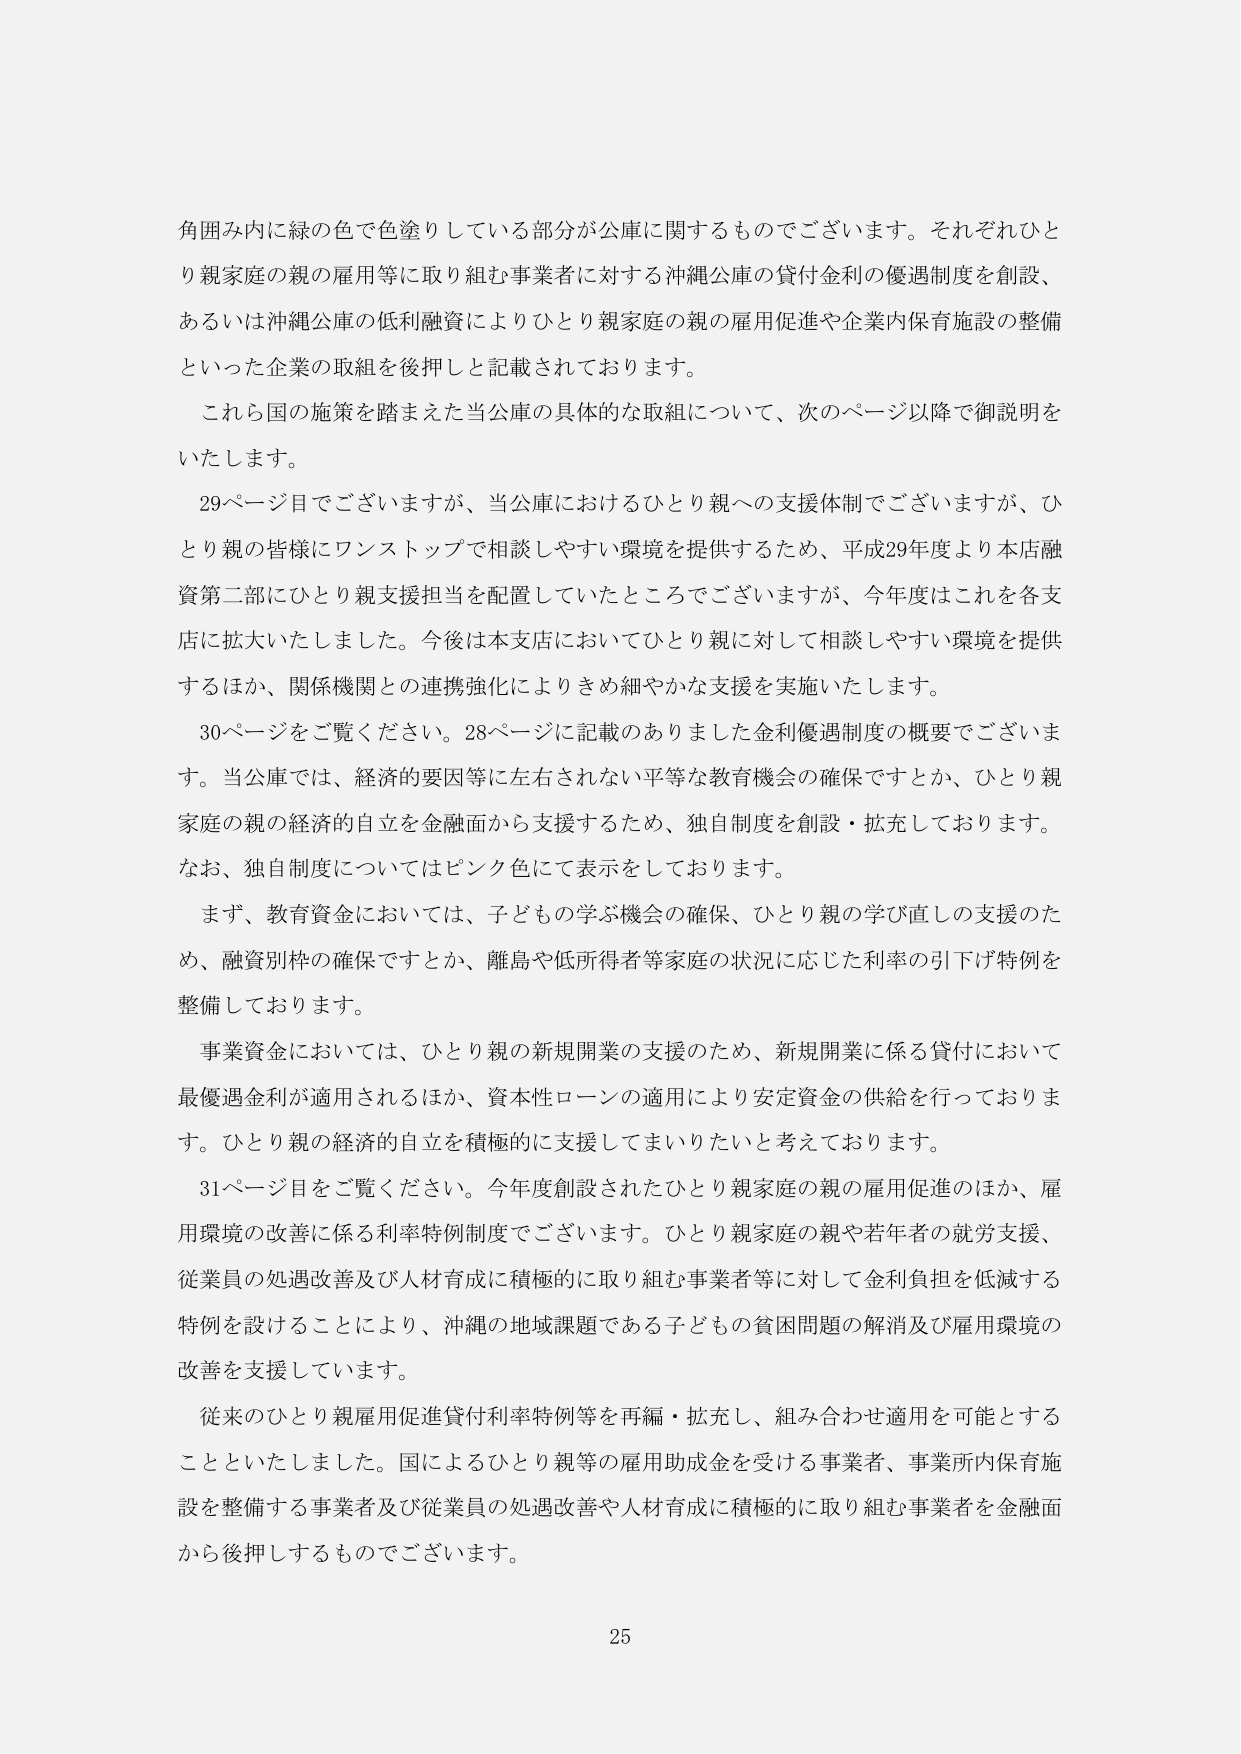
角囲み内に緑の色で色塗りしている部分が公庫に関するものでございます。それぞれひとり親家庭の親の雇用等に取り組む事業者に対する沖縄公庫の貸付金利の優遇制度を創設、あるいは沖縄公庫の低利融資によりひとり親家庭の親の雇用促進や企業内保育施設の整備といった企業の取組を後押しと記載されております。

これら国の施策を踏まえた当公庫の具体的な取組について、次のページ以降で御説明をいたします。

29ページ目でございますが、当公庫におけるひとり親への支援体制でございますが、ひとり親の皆様にワンストップで相談しやすい環境を提供するため、平成29年度より本店融資第二部にひとり親支援担当を配置していたところでございますが、今年度はこれを各支店に拡大いたしました。今後は本支店においてひとり親に対して相談しやすい環境を提供するほか、関係機関との連携強化によりきめ細やかな支援を実施いたします。

30ページをご覧ください。28ページに記載のありました金利優遇制度の概要でございます。当公庫では、経済的要因等に左右されない平等な教育機会の確保ですとか、ひとり親家庭の親の経済的自立を金融面から支援するため、独自制度を創設・拡充しております。なお、独自制度についてはピンク色にて表示をしております。

まず、教育資金においては、子どもの学ぶ機会の確保、ひとり親の学び直しの支援のため、融資別枠の確保ですとか、離島や低所得者等家庭の状況に応じた利率の引下げ特例を整備しております。

事業資金においては、ひとり親の新規開業の支援のため、新規開業に係る貸付において最優遇金利が適用されるほか、資本性ローンの適用により安定資金の供給を行っております。ひとり親の経済的自立を積極的に支援してまいりたいと考えております。

31ページ目をご覧ください。今年度創設されたひとり親家庭の親の雇用促進のほか、雇用環境の改善に係る利率特例制度でございます。ひとり親家庭の親や若年者の就労支援、従業員の処遇改善及び人材育成に積極的に取り組む事業者等に対して金利負担を低減する特例を設けることにより、沖縄の地域課題である子どもの貧困問題の解消及び雇用環境の改善を支援しています。

従来のひとり親雇用促進貸付利率特例等を再編・拡充し、組み合わせ適用を可能とすることといたしました。国によるひとり親等の雇用助成金を受ける事業者、事業所内保育施設を整備する事業者及び従業員の処遇改善や人材育成に積極的に取り組む事業者を金融面から後押しするものでございます。

25